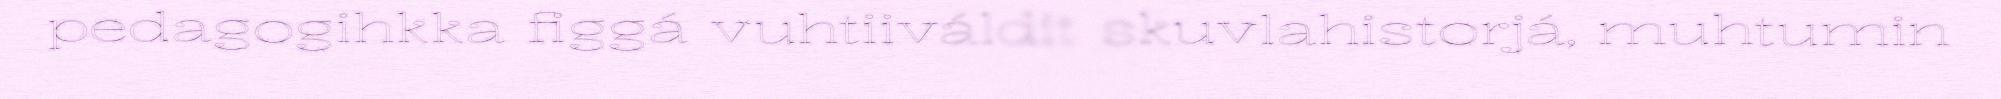
pedagogihkka figgá vuhtiiváldit skuvlahistorjá, muhtumin